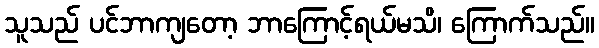
သူသည် ပင်ဘာကျတော့ ဘာကြောင့်ရယ်မသိ၊ ကြောက်သည်။